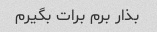
بذار برم برات بگیرم